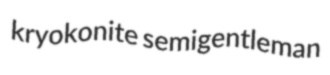
kryokonite semigentleman